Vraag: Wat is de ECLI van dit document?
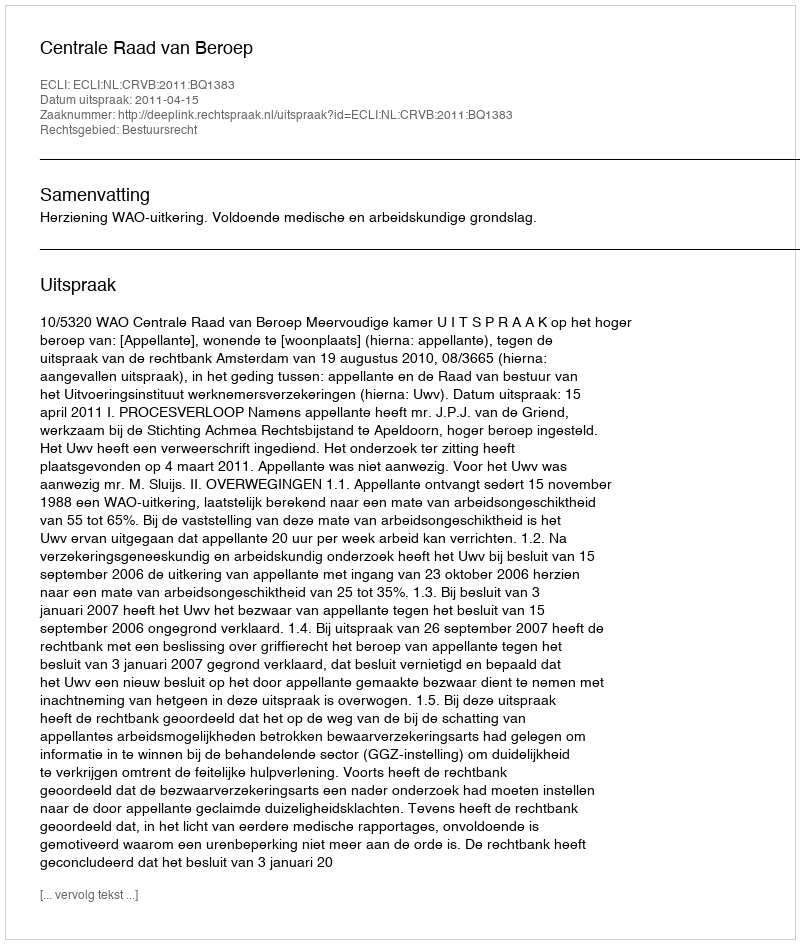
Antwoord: ECLI:NL:CRVB:2011:BQ1383